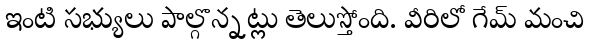
ఇంటి సభ్యులు పాల్గొన్నట్లు తెలుస్తోంది. వీరిలో గేమ్ మంచి